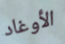
الأوغاد